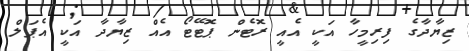
ޒިޔާދާގެ ފިރިމީހާ އަކީ އެއީ ރޮޓެން ޕޮޓޭޓޯ އެއް ޒިޔާދާ އަކީ އެޕަލް